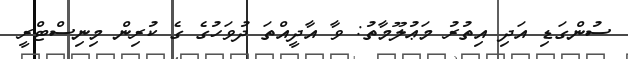
ސުންގަޑި އަދި އިތުރު މަޢުލޫމާތު: ވާ އާދީއްތަ ދުވަހުގެ ގެ ކުރިން މިނިސްޓްރީ